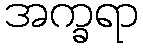
အက္ခရာ